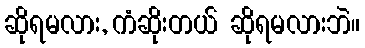
ဆိုရမလား, ကံဆိုးတယ် ဆိုရမလားဘဲ။